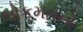
લોકમતનો